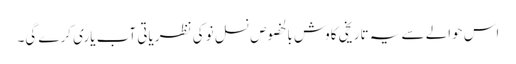
اس حوالے سے یہ تاریخی کاوش بالخصوص نسلِ نو کی نظریاتی آب یاری کرے گی۔